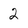
Character: 2